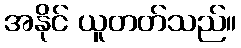
အနိုင် ယူတတ်သည်။